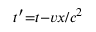
\scriptstyle { t ^ { \prime } = t - v x / c ^ { 2 } }